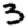
Digit: 3